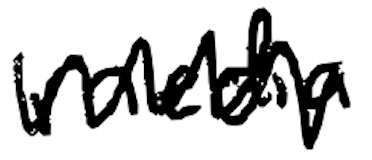
Text: media
Cross-out: zig-zag
Writing tool: digital_black